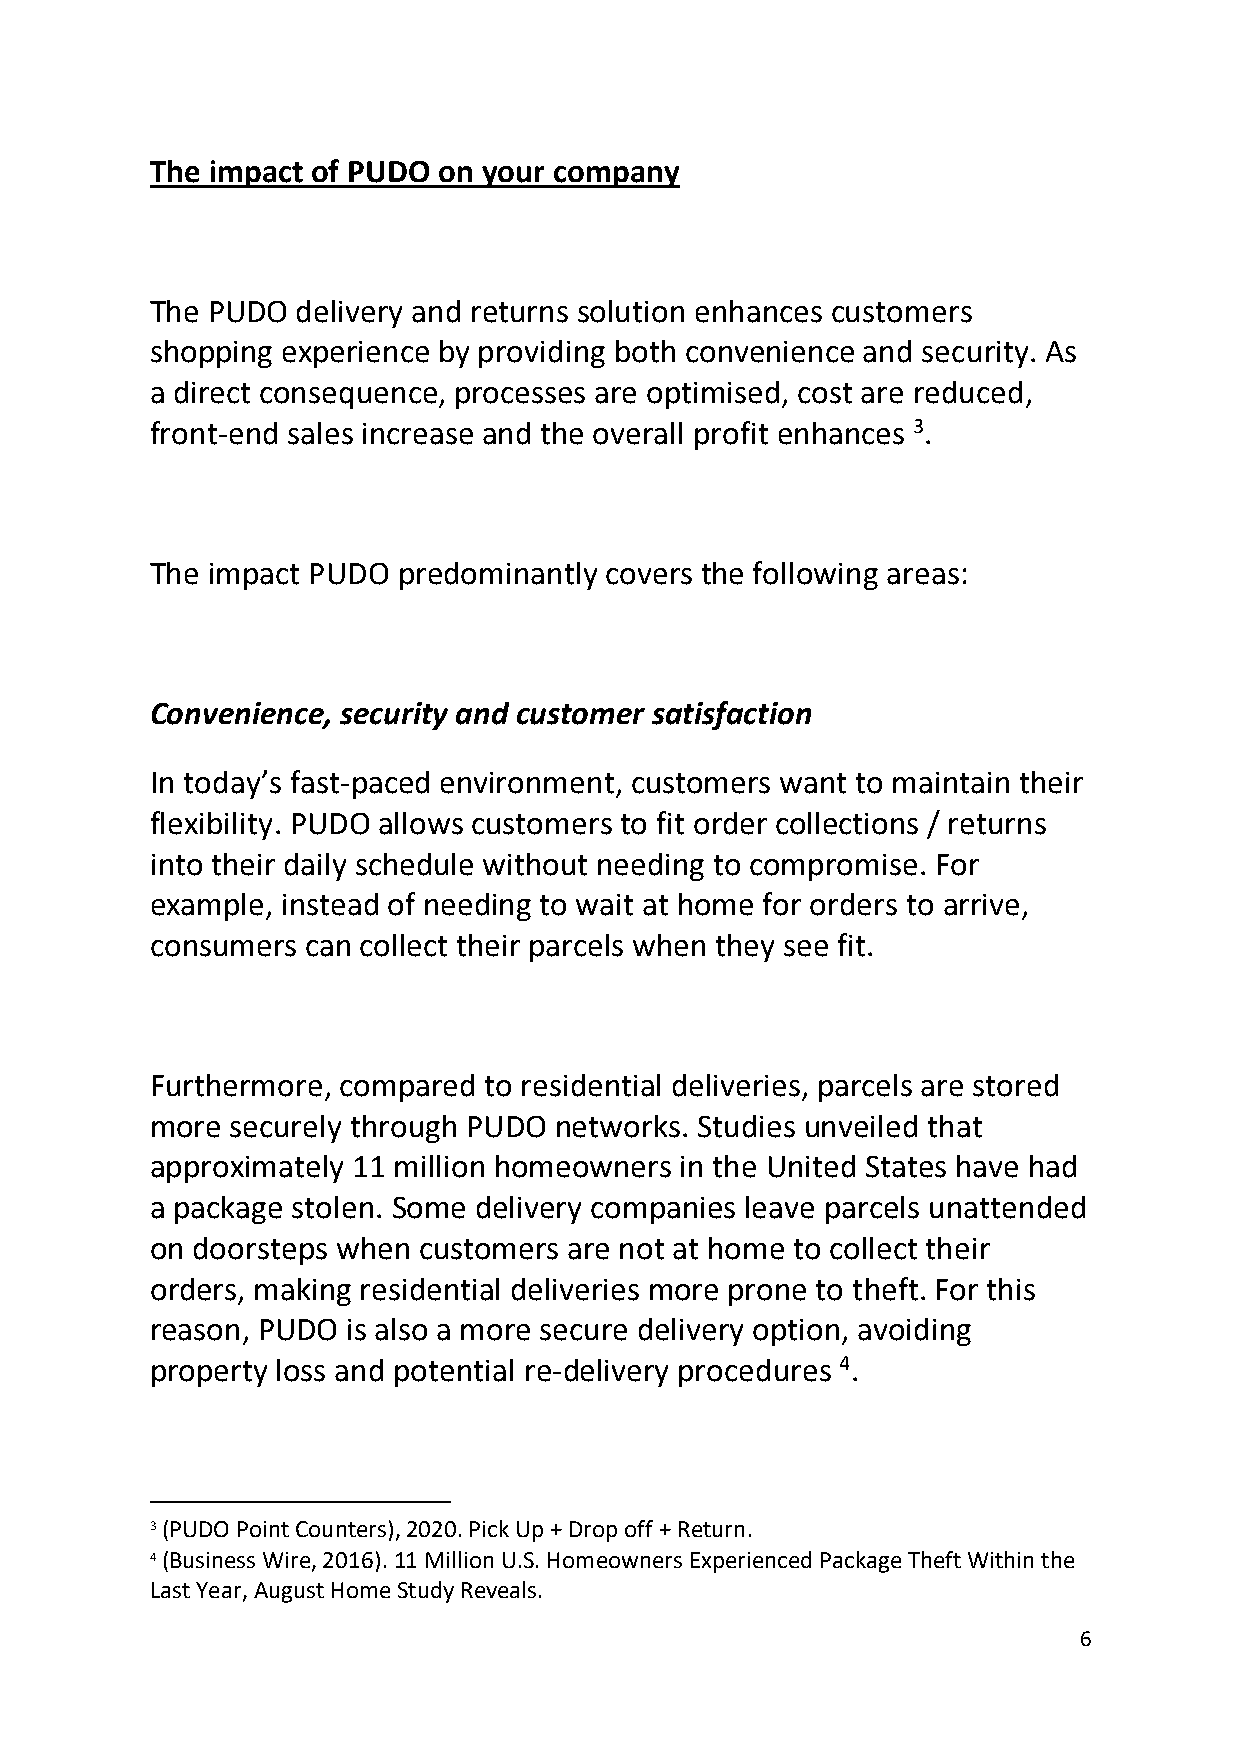
The impact of PUDO on your company
 The PUDO  delivery and returns solution enhances customers
 shopping experience by providing both convenience and security. As
 a direct consequence, processes are optimised, cost are reduced,
 front-end sales increase and the overall profit enhances 3.
 The impact PUDO predominantly covers the following areas:
 Convenience, security and customer satisfaction
 In today’s fast-paced environment, customers want to maintain their
 flexibility. PUDO allows customers to fit order collections / returns
 into their daily schedule without needing to compromise. For
 example, instead of needing to wait at home for orders to arrive,
 consumers can collect their parcels when they see fit.
 Furthermore, compared to residential deliveries, parcels are stored
 more securely through PUDO networks. Studies unveiled that
 approximately 11 million homeowners in the United States have had
 a package stolen. Some delivery companies leave parcels unattended
 on doorsteps when customers are not at home to collect their
 orders, making residential deliveries more prone to theft. For this
 reason, PUDO is also a more secure delivery option, avoiding
 property loss and potential re-delivery procedures 4.
 3 (PUDO Point Counters), 2020. Pick Up + Drop off + Return.
 4 (Business Wire, 2016). 11 Million U.S. Homeowners Experienced Package Theft Within the
 Last Year, August Home Study Reveals.
 6